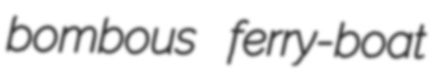
bombous ferry-boat